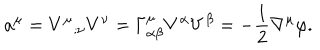
LaTeX: a ^ { \mu } = V ^ { \mu } { } _ { ; \nu } V ^ { \nu } = \Gamma _ { \alpha \beta } ^ { \mu } V ^ { \alpha } V ^ { \beta } = - { \frac { 1 } { 2 } } \nabla ^ { \mu } \varphi .